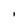
Character: I